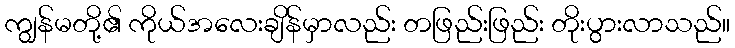
ကျွန်မတို့၏ ကိုယ်အလေးချိန်မှာလည်း တဖြည်းဖြည်း တိုးပွားလာသည်။